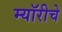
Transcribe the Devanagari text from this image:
म्यॉरीचे